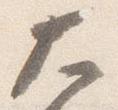
大